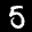
Label: 5